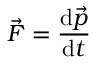
{ \vec { F } } = { \frac { \mathrm { d } { \vec { p } } } { \mathrm { d } t } }